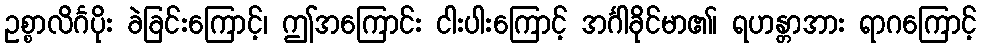
ဥစ္စာလိင်္ဂပိုး ခဲခြင်းကြောင့်၊ ဤအကြောင်း ငါးပါးကြောင့် အင်္ဂါခိုင်မာ၏၊ ရဟန္တာအား ရာဂကြောင့်